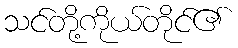
သင်တို့ကိုယ်တိုင်၏